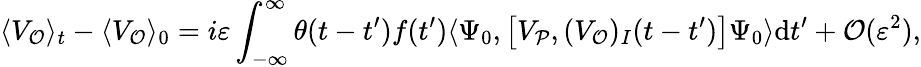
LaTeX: \langle V_{\mathcal{O}}\rangle_{t}-\langle V_{\mathcal{O}}\rangle_{0}=i\varepsilon\int_{-\infty}^{\infty}\theta(t-t^{\prime})f(t^{\prime})\langle{\Psi_{0}},\left[V_{\mathcal{P}},(V_{\mathcal{O}})_{I}(t-t^{\prime})\right]{\Psi_{0}}\rangle\mathrm{d}t^{\prime}+\mathcal{O}(\varepsilon^{2}),